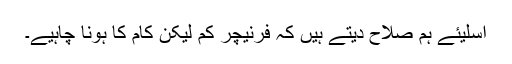
اسلیئے ہم صلاح دیتے ہیں کہ فرنیچر کم لیکن کام کا ہونا چاہیے۔